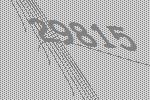
29815